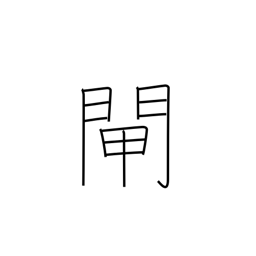
Meaning: water gate